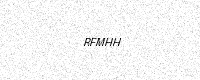
Text: RFMHH